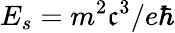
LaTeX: E_{s}=m^{2}\mathfrak{c}^{3}/e\hbar